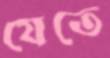
যেতে